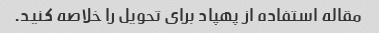
مقاله استفاده از پهپاد برای تحویل را خلاصه کنید.